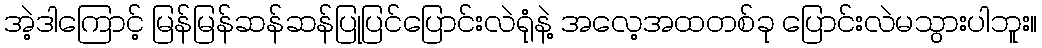
အဲ့ဒါကြောင့် မြန်မြန်ဆန်ဆန်ပြုပြင်ပြောင်းလဲရုံနဲ့ အလေ့အထတစ်ခု ပြောင်းလဲမသွားပါဘူး။